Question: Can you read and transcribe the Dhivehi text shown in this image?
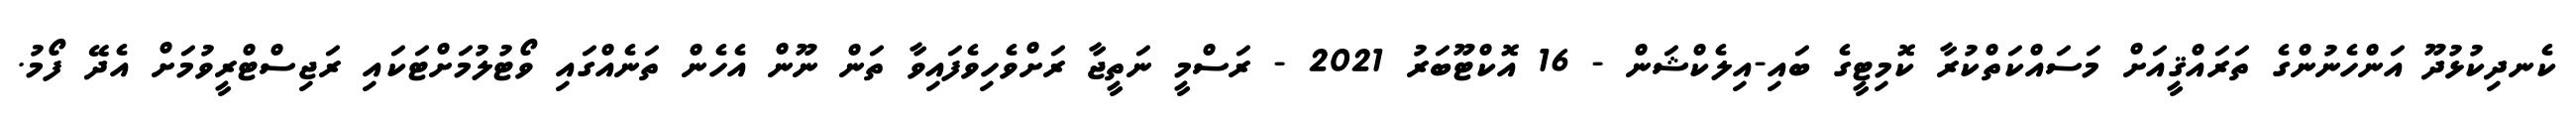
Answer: ކެނދިކުޅުދޫ އަންހެނުންގެ ތަރައްޤީއަށް މަސައްކަތްކުރާ ކޮމިޓީގެ ބައި-އިލެކްޝަން - 16 އޮކްޓޫބަރު 2021 - ރަސްމީ ނަތީޖާ ރަށްވެހިވެފައިވާ ތަން ނޫން އެހެން ތަނެއްގައި ވޯޓުލުމަށްޓަކައި ރަޖިސްޓްރީވުމަށް އެދޭ ފޯމު.